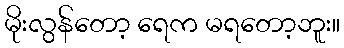
မိုးလွန်တော့ ရေက မရတော့ဘူး။